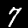
Label: 7